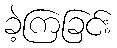
ခဲ့ကြခြင်း